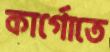
কার্গোতে